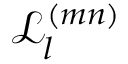
\mathscr { L } _ { l } ^ { ( m n ) }